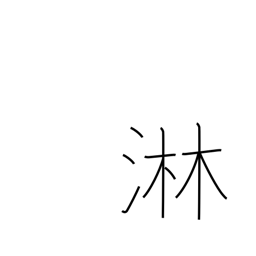
Meaning: lonely